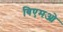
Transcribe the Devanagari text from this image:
बिएमओ